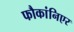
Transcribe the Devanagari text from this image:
फौकांनिएर